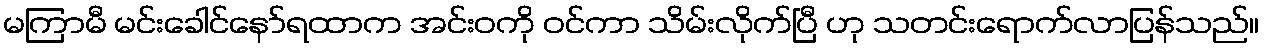
မကြာမီ မင်းခေါင်နော်ရထာက အင်းဝကို ဝင်ကာ သိမ်းလိုက်ပြီ ဟု သတင်းရောက်လာပြန်သည်။